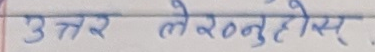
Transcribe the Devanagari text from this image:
उत्तर लेख्नुहोस्